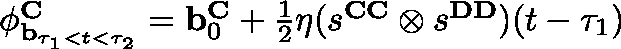
\begin{array} { r } { \mathbf { \phi } _ { \mathbf { b } _ { \tau _ { 1 } < t < \tau _ { 2 } } } ^ { \mathbf { C } } = \mathbf { b } _ { 0 } ^ { \mathbf { C } } + \frac { 1 } { 2 } \eta ( s ^ { \mathbf { C C } } \otimes s ^ { \mathbf { D D } } ) ( t - \tau _ { 1 } ) } \end{array}